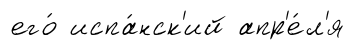
его́ испа́нск'ий апр'е́л'я